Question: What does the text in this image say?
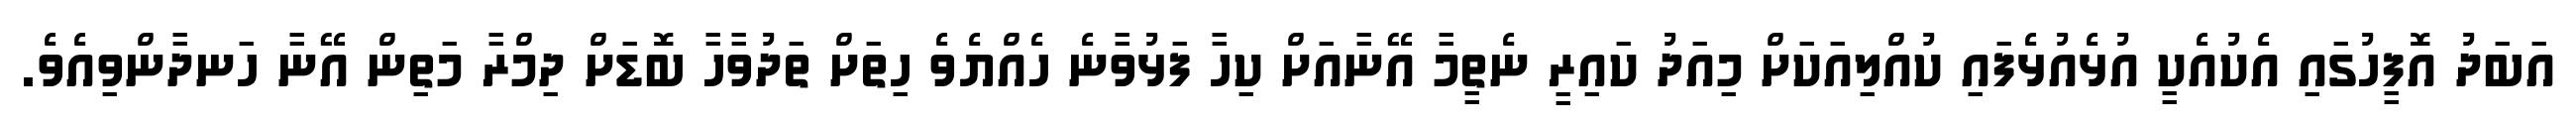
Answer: އަބަދު އޮފީހުގައި އެކުއެކީ އުޅެއުޅެފައި ކުއްލިއަކަށް މިއަދު ކައިރީ ނެތީމާ އޭނާއަށް ކިހާ ފަޅުވާނެ ހެއްޔެވެ ހިތަށް ތަދުވާހާ ބޮޑަށް ދިމްރާ މަތިން އޭނާ ހަނދާންވިއެވެ.